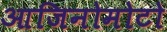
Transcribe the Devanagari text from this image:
आजिनोमोटो